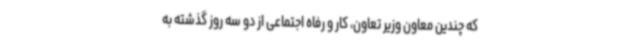
که چندین معاون وزیر تعاون، کار و رفاه اجتماعی از دو سه روز گذشته به